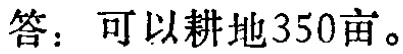
答：可以耕地350亩。